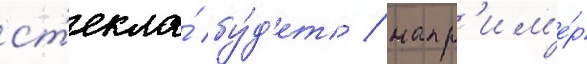
ст'екла́ бу́д'ет / напр'им'е́р